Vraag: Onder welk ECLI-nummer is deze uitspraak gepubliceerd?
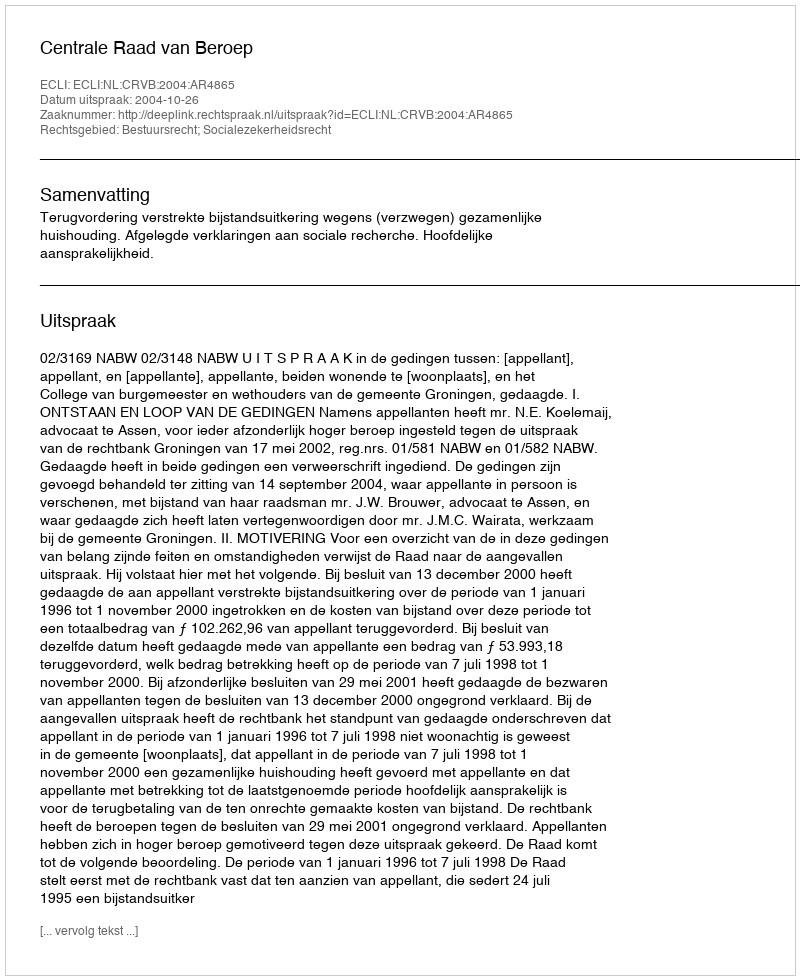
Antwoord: ECLI:NL:CRVB:2004:AR4865